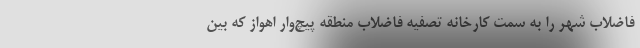
فاضلاب شهر را به سمت کارخانه تصفیه فاضلاب منطقه پیچ‌وار اهواز که بین